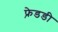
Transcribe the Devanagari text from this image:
फ़्रेडडी